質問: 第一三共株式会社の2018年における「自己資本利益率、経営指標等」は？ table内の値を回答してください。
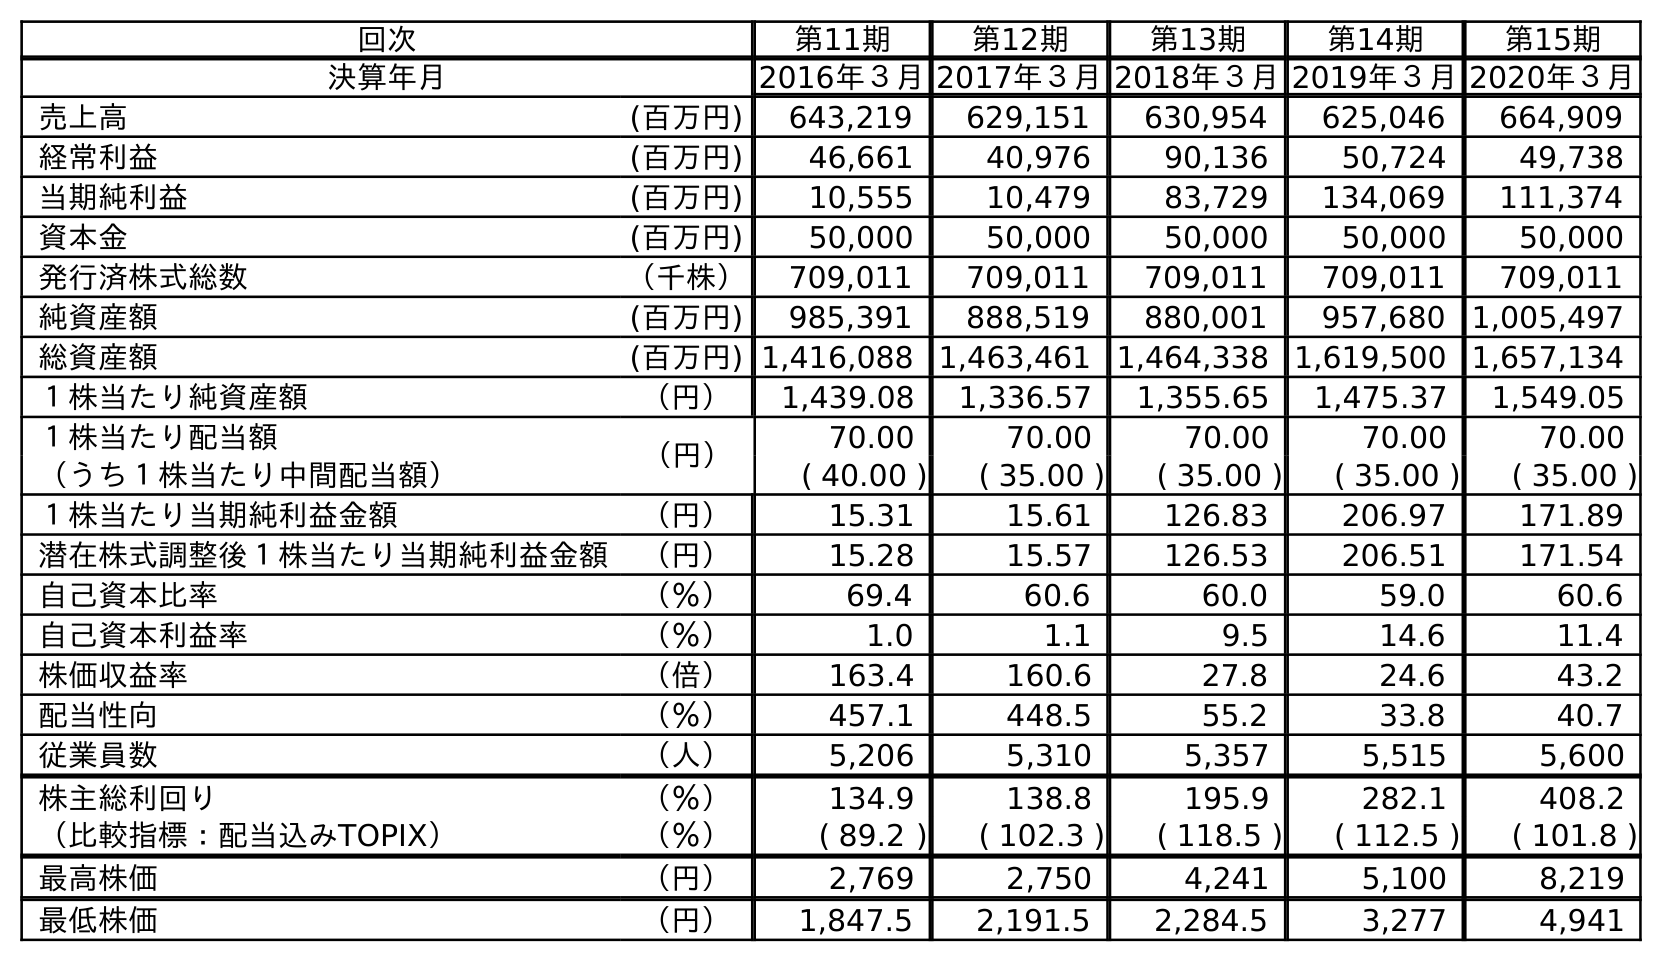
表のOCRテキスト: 回次 第11期 第12期 第13期 第14期 第15期 決算年月 2016年３月2017年３月2018年３月2019年３月2020年３月 売上高 (百万円) 643,219 629,151 630,954 625,046 664,909 経常利益 (百万円) 46,661 40,976 90,136 50,724 49,738 当期純利益 (百万円) 10,555 10,479 83,729 134,069 111,374 資本金 (百万円) 50,000 50,000 50,000 50,000 50,000 発行済株式総数 （千株） 709,011 709,011 709,011 709,011 709,011 純資産額 (百万円) 985,391 888,519 880,001 957,680 1,005,497 総資産額 (百万円) 1,416,088 1,463,461 1,464,338 1,619,500 1,657,134 １株当たり純資産額 （円） 1,439.08 1,336.57 1,355.65 1,475.37 1,549.05 １株当たり配当額 （円） 70.00 70.00 70.00 70.00 70.00 （うち１株当たり中間配当額） ( 40.00 ) ( 35.00 ) ( 35.00 ) ( 35.00 ) ( 35.00 ) １株当たり当期純利益金額 （円） 15.31 15.61 126.83 206.97 171.89 潜在株式調整後１株当たり当期純利益金額 （円） 15.28 15.57 126.53 206.51 171.54 自己資本比率 （％） 69.4 60.6 60.0 59.0 60.6 自己資本利益率 （％） 1.0 1.1 9.5 14.6 11.4 株価収益率 （倍） 163.4 160.6 27.8 24.6 43.2 配当性向 （％） 457.1 448.5 55.2 33.8 40.7 従業員数 （人） 5,206 5,310 5,357 5,515 5,600 株主総利回り （％） 134.9 138.8 195.9 282.1 408.2 （比較指標：配当込みTOPIX） （％） ( 89.2 ) ( 102.3 ) ( 118.5 ) ( 112.5 ) ( 101.8 ) 最高株価 （円） 2,769 2,750 4,241 5,100 8,219 最低株価 （円） 1,847.5 2,191.5 2,284.5 3,277 4,941
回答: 9.5